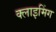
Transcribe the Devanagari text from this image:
क्लाइमिंग